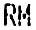
RM